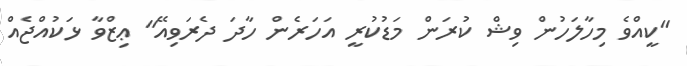
"ކީއްވެ މިހާލަހުން ވިޝް ކުރަން މަޑުކުރީ އަހަރެން ހާދަ ދެރަވިއޭ" ޢިޒްވާ ޅަކުއްޖެއް